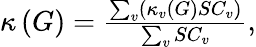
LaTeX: \begin{array}{r}{\kappa\left(G\right)=\frac{\sum_{v}\left(\kappa_{v}\left(G\right)SC_{v}\right)}{\sum_{v}SC_{v}},}\end{array}